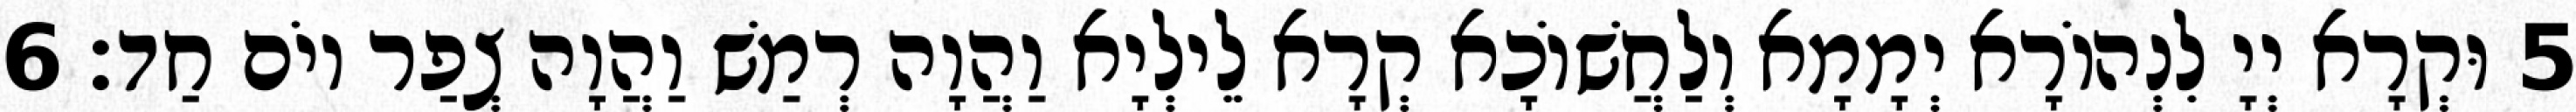
5 וּקְרָא יְיָ לִנְהוֹרָא יְמָמָא וְלַחֲשׁוֹכָא קְרָא לֵילְיָא וַהֲוָה רְמַשׁ וַהֲוָה צְפַר יוֹם חַד׃ 6